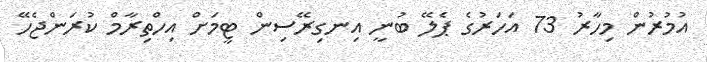
އުމުރުން މިހާރު 73 އަހަރުގެ ޕެލޭ ބުނީ އިނގިރޭސިން ޓީމަށް އިހްތިރާމް ކުރަންޖެހޭ